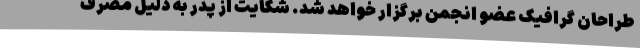
طراحان گرافیک عضو انجمن برگزار خواهد شد. شکایت از پدر به دلیل مصرف